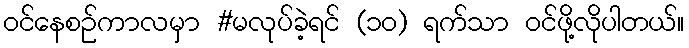
ဝင်နေစဉ်ကာလမှာ #မလုပ်ခဲ့ရင် (၁၀) ရက်သာ ဝင်ဖို့လိုပါတယ်။